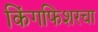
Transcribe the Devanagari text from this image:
किंगफिशरचा